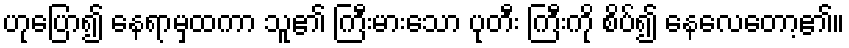
ဟုပြော၍ နေရာမှထကာ သူ၏ ကြီးမားသော ပုတီး ကြီးကို စိပ်၍ နေလေတော့၏။